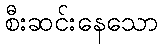
စီးဆင်းနေသော